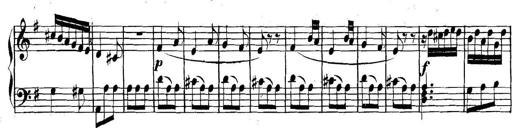
Title: Collected Piano Sonatas
Composer: Muzio Clementi